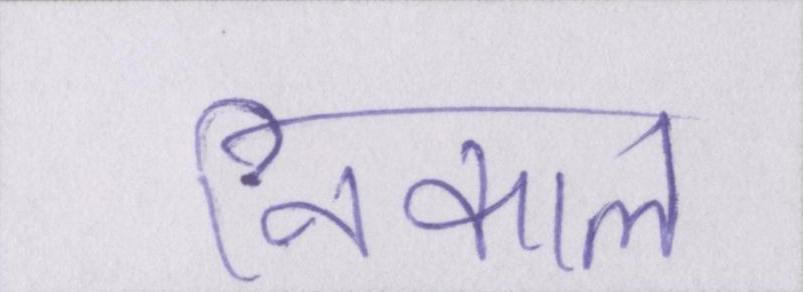
निकाल